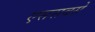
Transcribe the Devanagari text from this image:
एससबसे